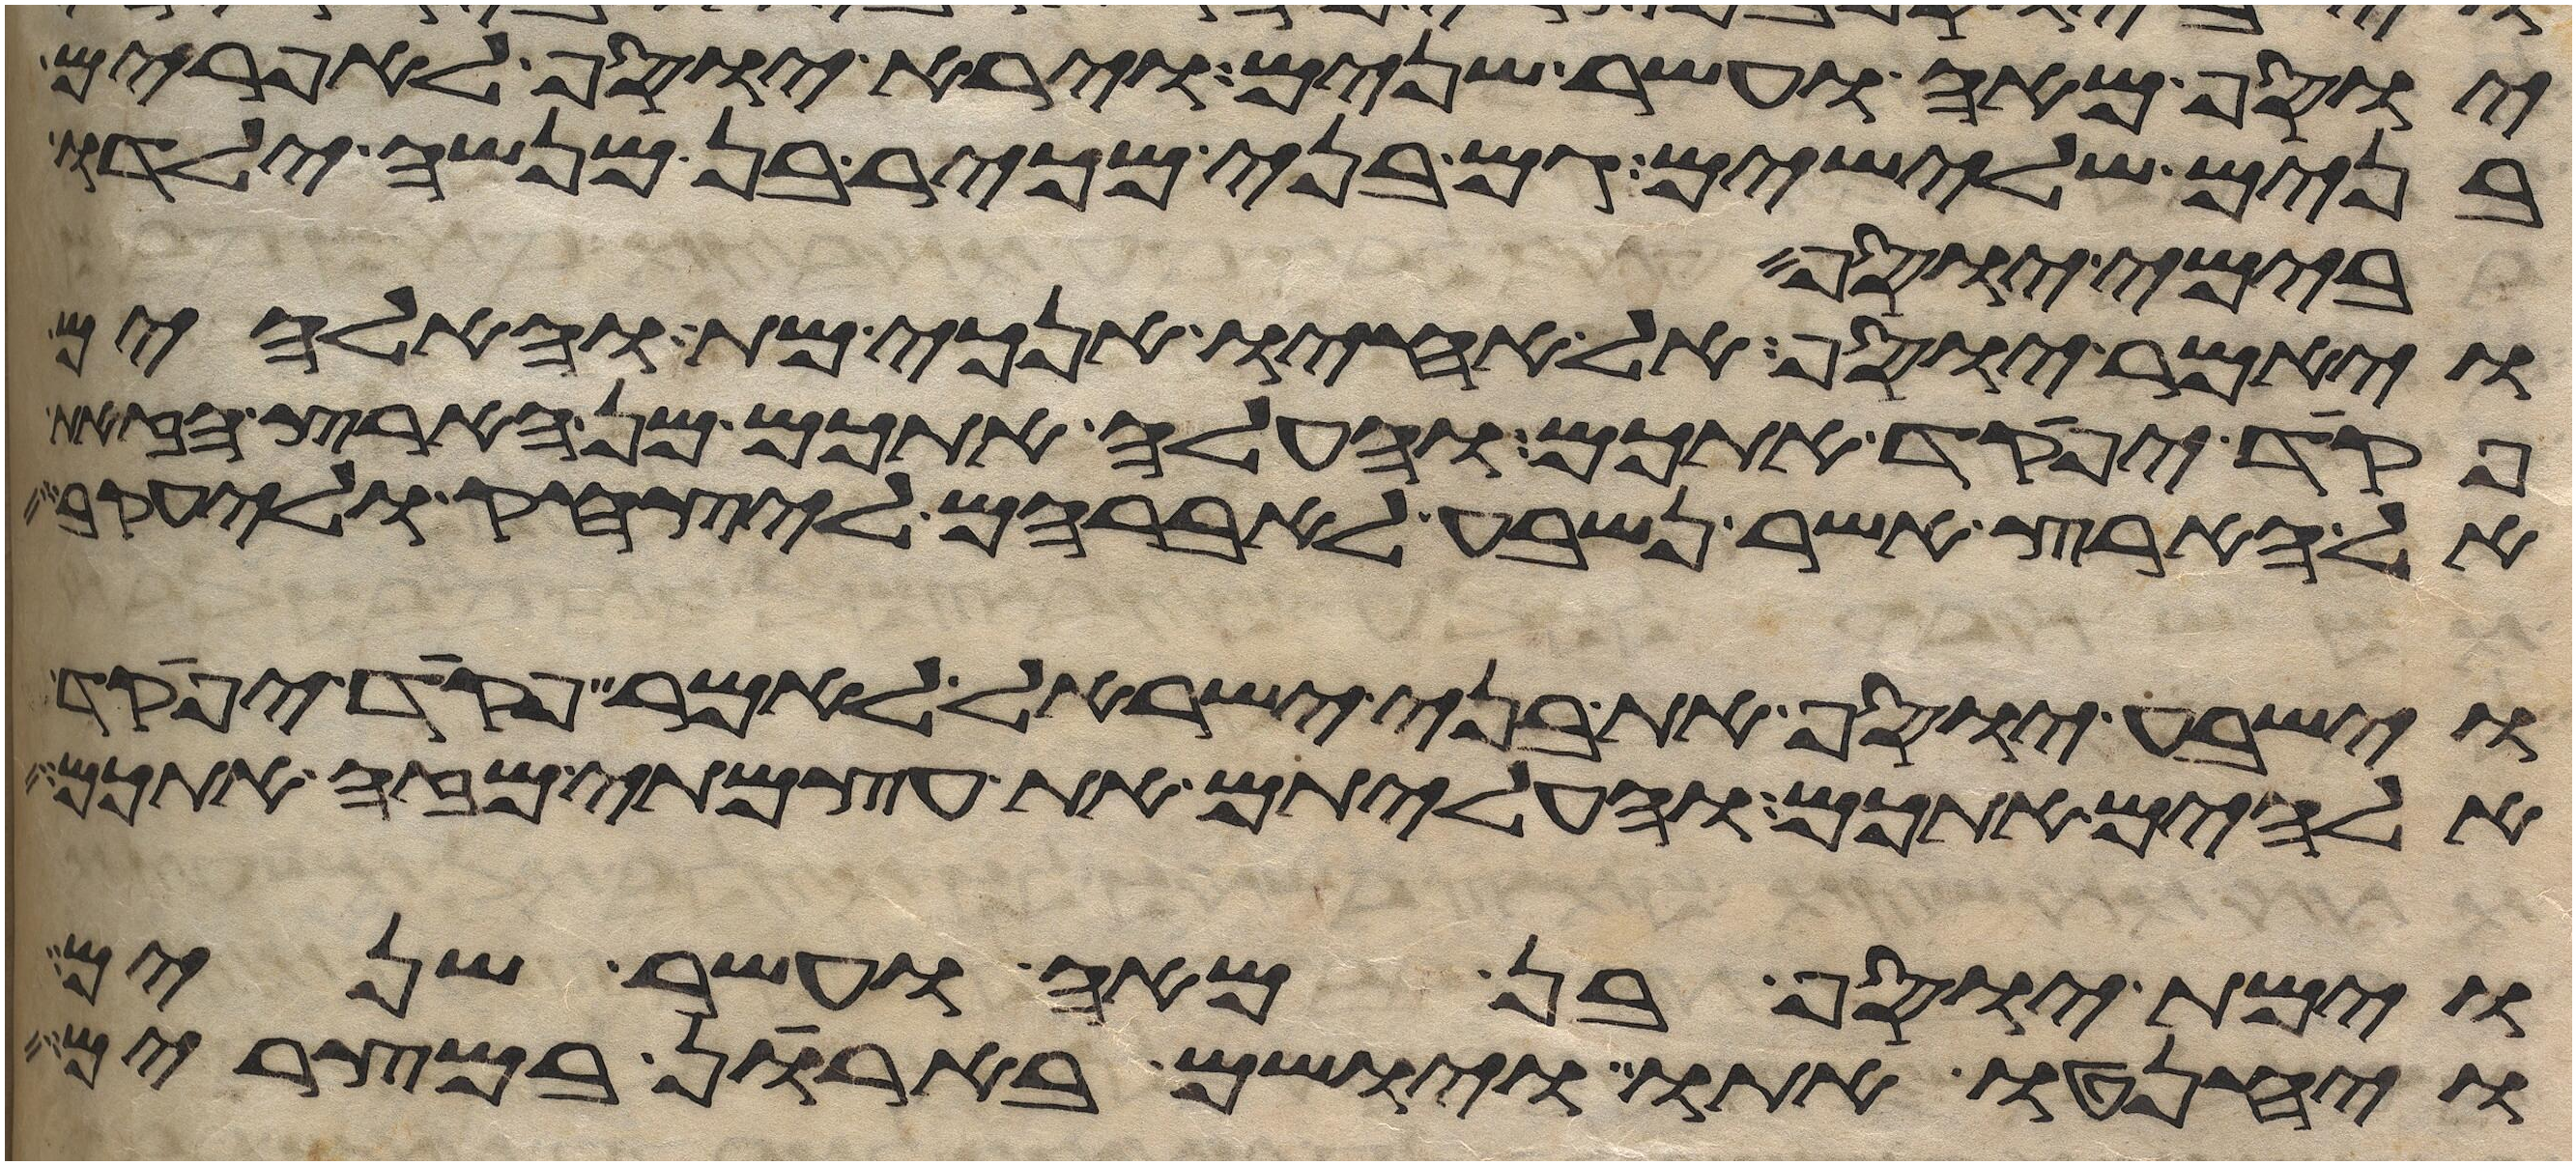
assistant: יוסף מאה ועשר שנים וירא יוסף לאפרים
בנים שלישים גם בני מכיר בן מנשה ילדו
בימי יוסף
ויאמר יוסף אל אחיו אנכי מת והאלהים
פקד יפקד אתכם והעלה אתכם מן הארץ הזאת
אל הארץ אשר נשבע לאברהם ליצחק וליעקב
וישביע יוסף את בני ישראל לאמר פקד יפקד
אלהים אתכם והעליתם את עצמתי מזה אתכם
וימת יוסף בן מאה ועשר שנים
ויחנטו אתו ויושם בארן במצרים